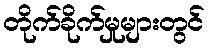
တိုက်ခိုက်မှုများတွင်